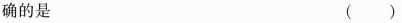
确的是 （）